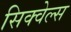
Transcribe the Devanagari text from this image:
सिक्वेल्स